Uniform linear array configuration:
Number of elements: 16
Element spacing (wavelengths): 0.5
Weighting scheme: kaiser
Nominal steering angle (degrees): -45
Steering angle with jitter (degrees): -45.262
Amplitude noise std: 0.05
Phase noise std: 0.05

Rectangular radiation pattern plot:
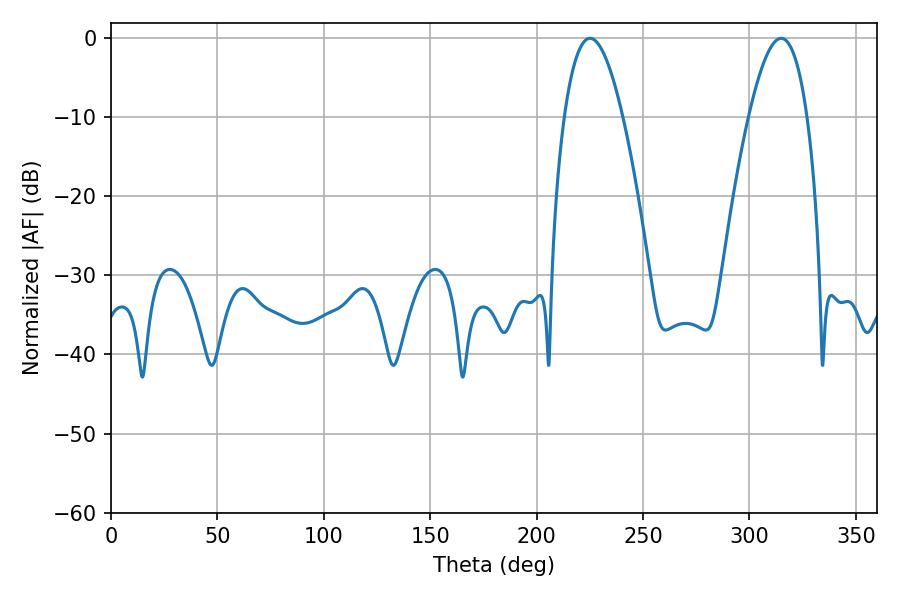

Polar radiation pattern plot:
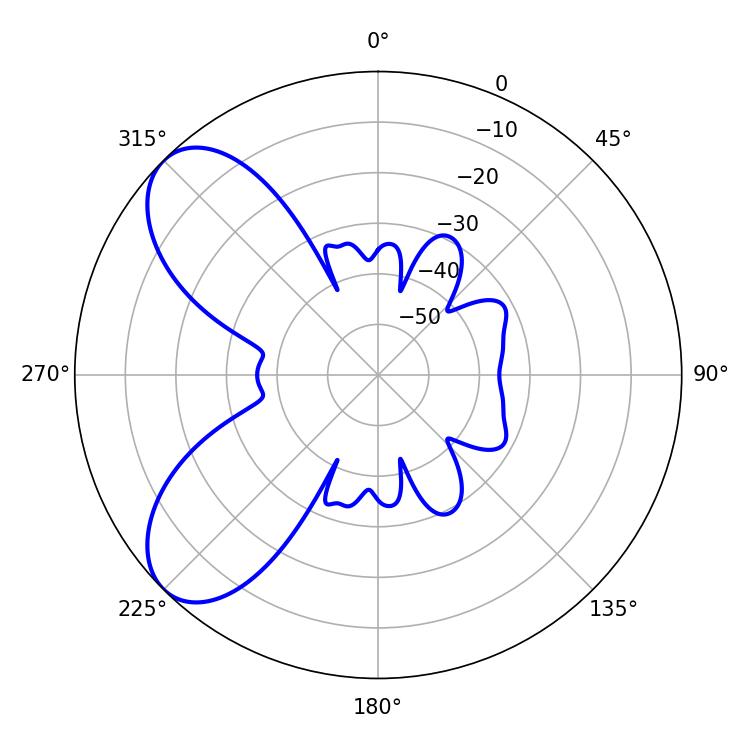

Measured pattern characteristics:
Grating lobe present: FALSE
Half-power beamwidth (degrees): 15.12
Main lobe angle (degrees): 314.82